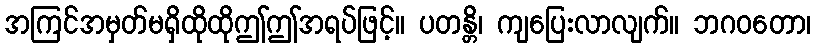
အကြင်အမှတ်မရှိထိုထိုဤဤအရပ်ဖြင့်။ ပတန္တိ၊ ကျပြေးလာလျက်။ ဘဂဝတော၊